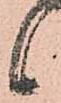
候